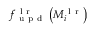
f _ { \mathrm { ~ u ~ p ~ d ~ } } ^ { \mathrm { ~ l ~ r ~ } } \left( M _ { i } ^ { \mathrm { ~ l ~ r ~ } } \right)